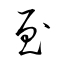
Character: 至